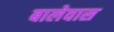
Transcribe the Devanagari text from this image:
बालेवास